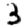
Digit: 3